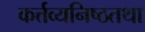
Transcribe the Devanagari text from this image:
कर्त्तव्यनिष्ठतथा